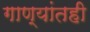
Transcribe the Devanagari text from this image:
गाण्यांतही